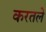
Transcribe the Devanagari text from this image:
करतले